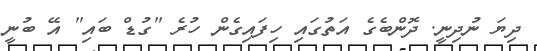
ދިޔަ ނުދިނީ. ދޮންބެގެ އަތުގައި ހިފައިގެން ހުރެ "ގުޑް ބައި" އޭ ބުނީ